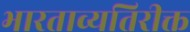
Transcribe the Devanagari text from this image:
भारताव्यतिरीक्त